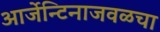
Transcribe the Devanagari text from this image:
आर्जेन्टिनाजवळचा